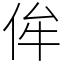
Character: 侔